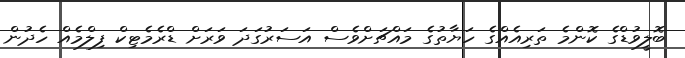
ބޮލީވުޑްގެ ކޮންމެ ތަރިއެއްގެ ހަޔާތުގެ މައްޗަށްވެސް އަސަރުގަދަ ވަރަށް ޑްރެމެޓިކް ފިލްމެއް ހެދުން